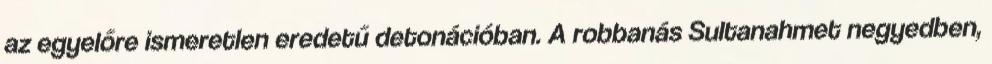
az egyelőre ismeretlen eredetű detonációban. A robbanás Sultanahmet negyedben,